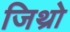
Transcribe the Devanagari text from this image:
जिथ्रो